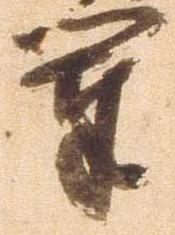
軍